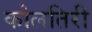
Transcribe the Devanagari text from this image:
कोलतिरी